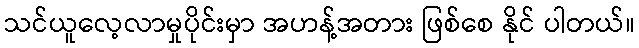
သင်ယူလေ့လာမှုပိုင်းမှာ အဟန့်အတား ဖြစ်စေ နိုင် ပါတယ်။